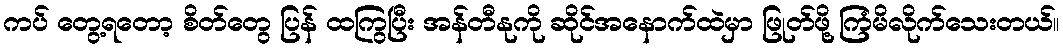
ကပ် တွေ့ရတော့ စိတ်တွေ ပြန် ထကြွပြီး အန်တီနုကို ဆိုင်အနောက်ထဲမှာ ဖြုတ်ဖို့ ကြံမိလိုက်သေးတယ်။